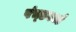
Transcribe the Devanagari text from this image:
पंच्डकार्ड